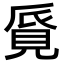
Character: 𧠨